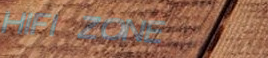
HIFI ZONE